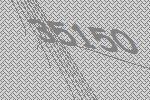
35150